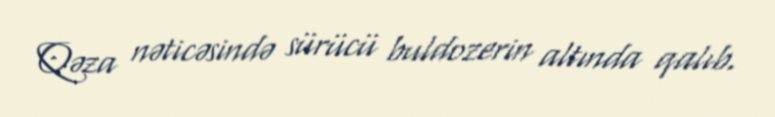
Qəza nəticəsində sürücü buldozerin altında qalıb.